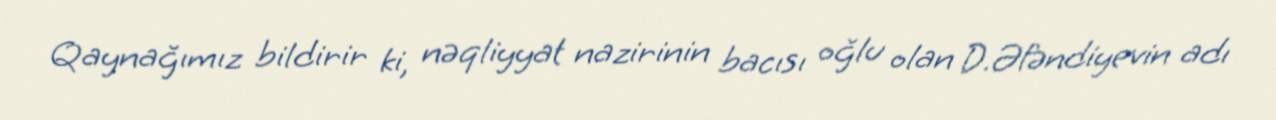
Qaynağımız bildirir ki, nəqliyyat nazirinin bacısı oğlu olan D.Əfəndiyevin adı